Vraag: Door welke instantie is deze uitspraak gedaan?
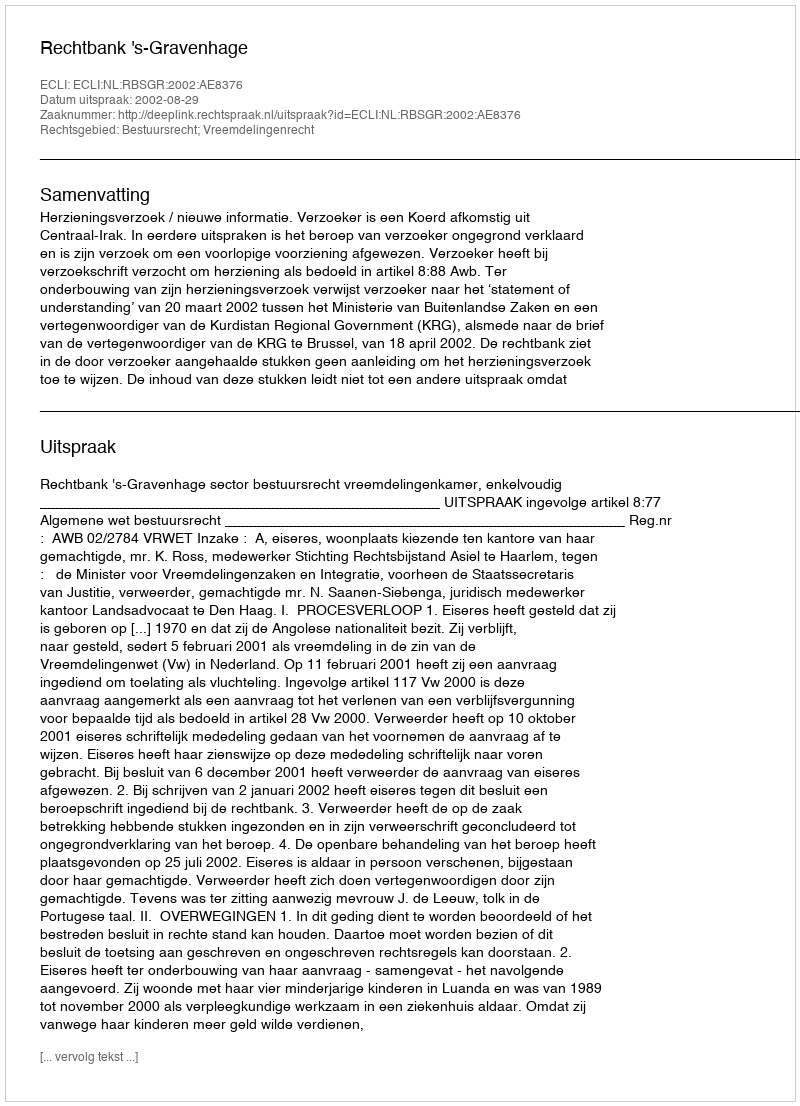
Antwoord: Rechtbank 's-Gravenhage